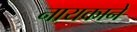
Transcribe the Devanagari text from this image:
नायकाने